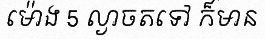
ម៉ោង 5 ល្ងាចតទៅ ក៏មាន